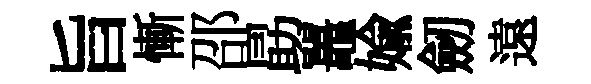
旨慚邵勗鼉媮劒遠